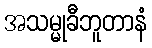
အသမ္မုခီဘူတာနံ